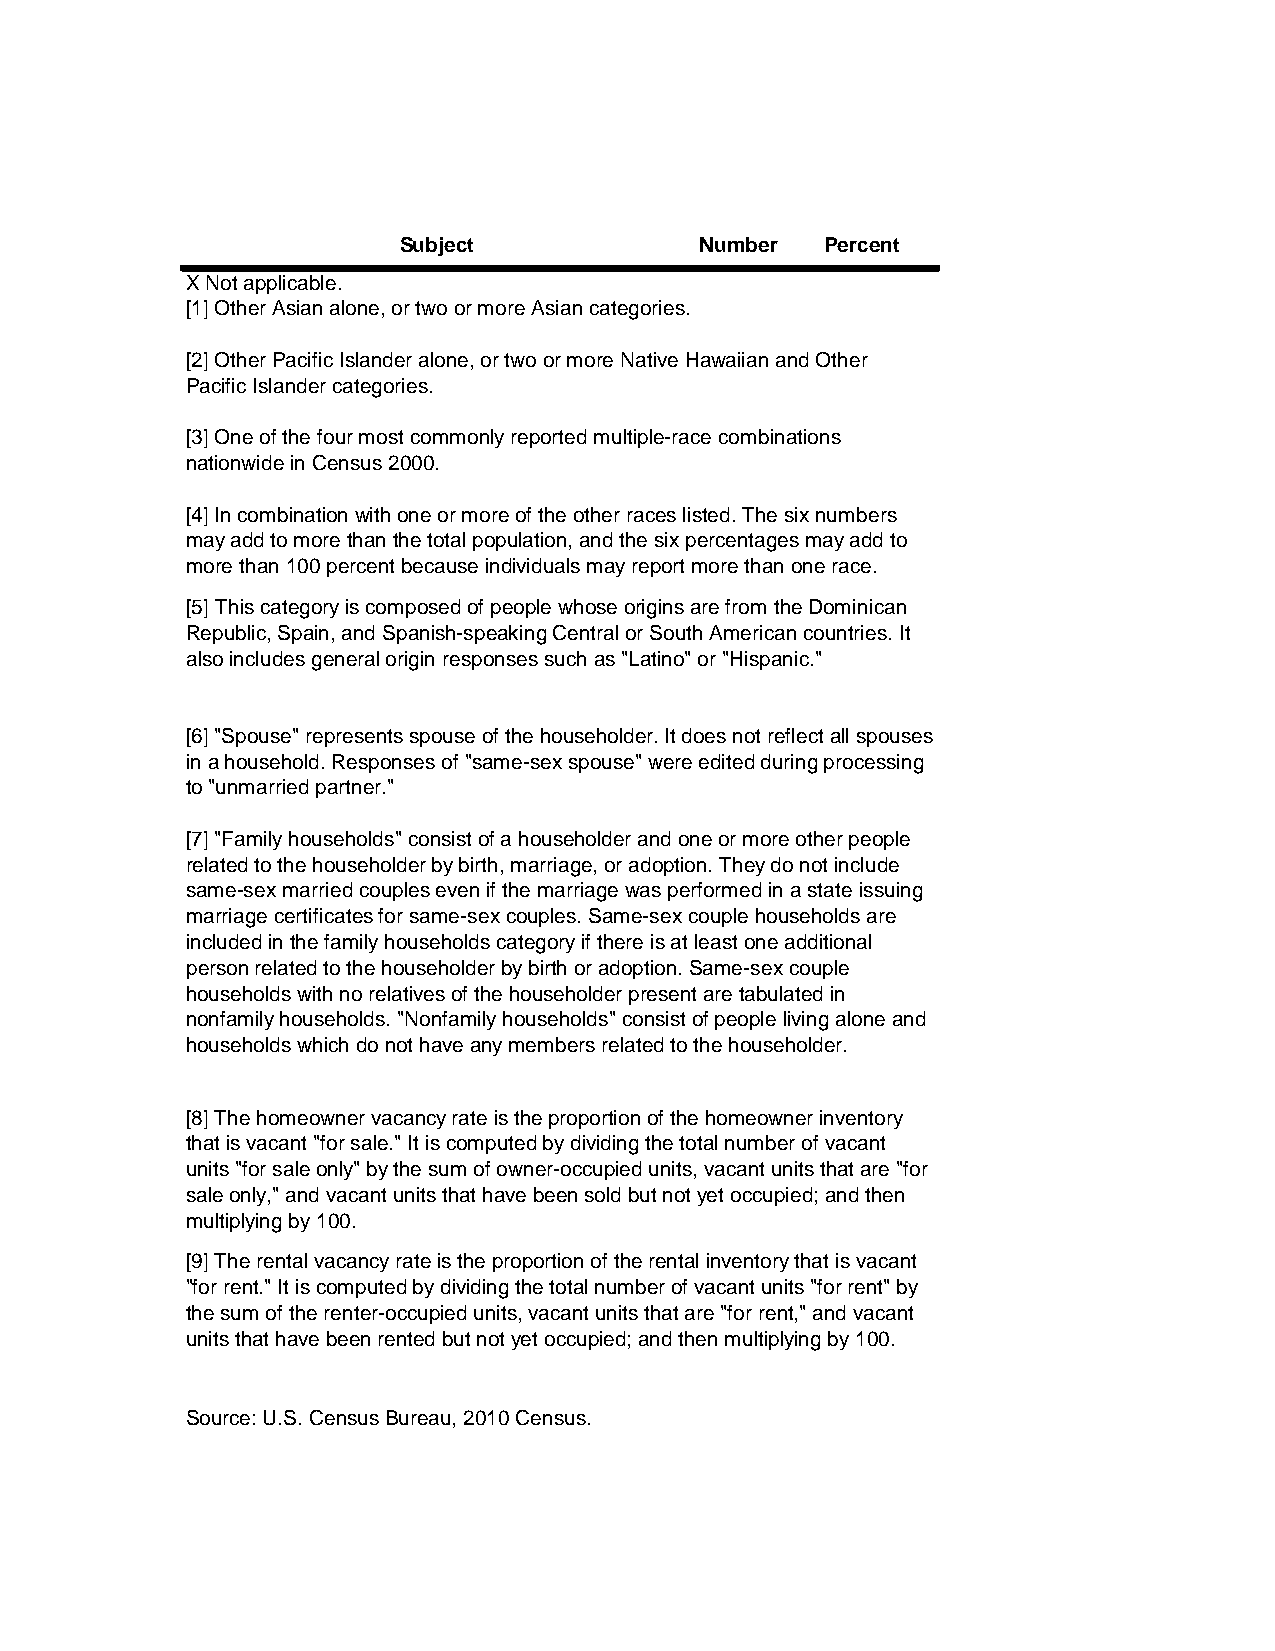
Subject             Number   Percent
 X Not applicable.
 [1] Other Asian alone, or two or more Asian categories.
 [2] Other Pacific Islander alone, or two or more Native Hawaiian and Other
 Pacific Islander categories.
 [3] One of the four most commonly reported multiple-race combinations
 nationwide in Census 2000.
 [4] In combination with one or more of the other races listed. The six numbers
 may add to more than the total population, and the six percentages may add to
 more than 100 percent because individuals may report more than one race.
 [5] This category is composed of people whose origins are from the Dominican
 Republic, Spain, and Spanish-speaking Central or South American countries. It
 also includes general origin responses such as "Latino" or "Hispanic."
 [6] "Spouse" represents spouse of the householder. It does not reflect all spouses
 in a household. Responses of "same-sex spouse" were edited during processing
 to "unmarried partner."
 [7] "Family households" consist of a householder and one or more other people
 related to the householder by birth, marriage, or adoption. They do not include
 same-sex married couples even if the marriage was performed in a state issuing
 marriage certificates for same-sex couples. Same-sex couple households are
 included in the family households category if there is at least one additional
 person related to the householder by birth or adoption. Same-sex couple
 households with no relatives of the householder present are tabulated in
 nonfamily households. "Nonfamily households" consist of people living alone and
 households which do not have any members related to the householder.
 [8] The homeowner vacancy rate is the proportion of the homeowner inventory
 that is vacant "for sale." It is computed by dividing the total number of vacant
 units "for sale only" by the sum of owner-occupied units, vacant units that are "for
 sale only," and vacant units that have been sold but not yet occupied; and then
 multiplying by 100.
 [9] The rental vacancy rate is the proportion of the rental inventory that is vacant
 "for rent." It is computed by dividing the total number of vacant units "for rent" by
 the sum of the renter-occupied units, vacant units that are "for rent," and vacant
 units that have been rented but not yet occupied; and then multiplying by 100.
 Source: U.S. Census Bureau, 2010 Census.